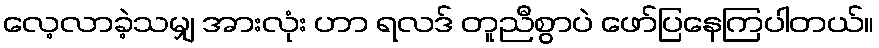
လေ့လာခဲ့သမျှ အားလုံး ဟာ ရလဒ် တူညီစွာပဲ ဖော်ပြနေကြပါတယ်။